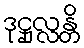
ဒုဋ္ဌုလ္လန္တိ